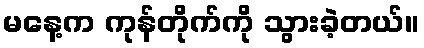
မနေ့က ကုန်တိုက်ကို သွားခဲ့တယ်။